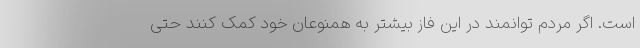
است. اگر مردم توانمند در این فاز بیشتر به همنوعان خود کمک کنند حتی